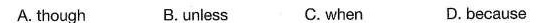
A. though B. unless C. when D. because